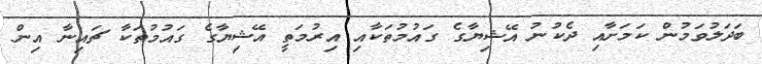
ބަދަލުވަމުން ކަމަށާއި ދެކުނު އޭޝިޔާގެ ގައުމުތަކާއި އިރުމަތީ އޭޝިޔާގެ ގައުމުތަކާ ޗައިނާ އިން